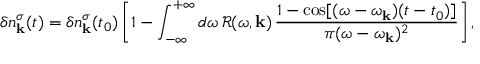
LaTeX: \delta n _ { \mathbf { k } } ^ { \sigma } ( t ) = \delta n _ { \mathbf { k } } ^ { \sigma } ( t _ { 0 } ) \left[ 1 - \int _ { - \infty } ^ { + \infty } d \omega \, \mathcal { R } ( \omega , \mathbf { k } ) \, \frac { 1 - \cos [ ( \omega - \omega _ { \mathbf { k } } ) ( t - t _ { 0 } ) ] } { \pi ( \omega - \omega _ { \mathbf { k } } ) ^ { 2 } } \right] ,